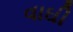
વાઘી